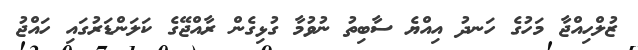
ޒުލްހިއްޖާ މަހުގެ ހަނދު އިއްޔެ ސާބިތު ނުވުމާ ގުޅިގެން ރާއްޖޭގެ ކަލަންޑަރުގައި ހައްޖު